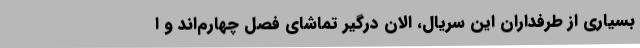
بسیاری از طرفداران این سریال، الان درگیر تماشای فصل چهارم‌اند و ا